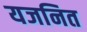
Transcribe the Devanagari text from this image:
यजनित